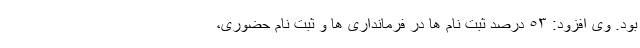
بود. وی افزود: ٥٣ درصد ثبت نام ها در فرمانداری ها و ثبت نام حضوری،